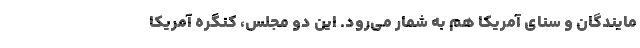
مایندگان و سنای آمریکا هم به شمار می‌رود. این دو مجلس، کنگره آمریکا